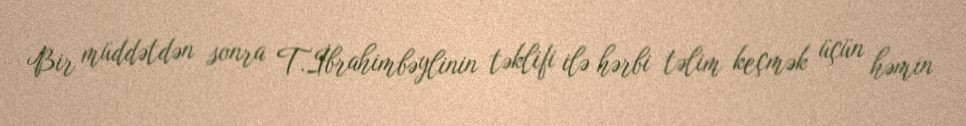
Bir müddətdən sonra T.İbrahimbəylinin təklifi ilə hərbi təlim keçmək üçün həmin